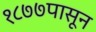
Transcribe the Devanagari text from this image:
१८७७पासून